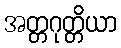
အတ္တဂုတ္တိယာ